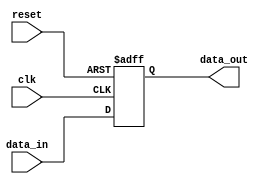
module async_reset_example (
    input wire clk,          // Clock signal
    input wire reset,        // Asynchronous reset signal
    input wire [7:0] data_in, // Example input data
    output reg [7:0] data_out  // Example output data
);

// Reset state
parameter RESET_VALUE = 8'b00000000; // Define reset value

// Always block for asynchronous reset and clock behavior
always @(posedge clk or posedge reset) begin
    if (reset) begin
        // Asynchronous reset behavior
        data_out <= RESET_VALUE; // Set output to reset value
    end else begin
        // Normal operation on clock edge
        data_out <= data_in; // Example operation (copy input to output)
    end
end

endmodule